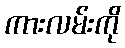
ကားလမ်းကို